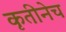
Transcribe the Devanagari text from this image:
कृतीनेच